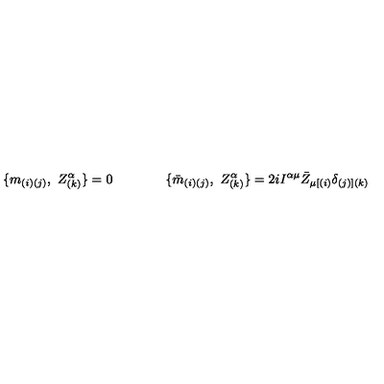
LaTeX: \{ m _ { ( i ) ( j ) } , \ Z _ { ( k ) } ^ { \alpha } \} = 0 \qquad \qquad \{ { \bar { m } } _ { ( i ) ( j ) } , \ Z _ { ( k ) } ^ { \alpha } \} = 2 i I ^ { \alpha \mu } { \bar { Z } } _ { \mu [ ( i ) } \delta _ { ( j ) ] ( k ) }